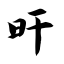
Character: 旰